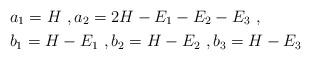
LaTeX: \begin{align*}&a_1 = H\ , a_2 = 2H - E_1 - E_2 - E_3\ , \\&b_1 = H - E_1\ , b_2 = H - E_2\ , b_3 = H - E_3\end{align*}